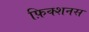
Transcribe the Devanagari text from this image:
फ़िक्शनस